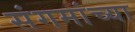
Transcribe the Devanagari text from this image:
संगमांच्या